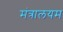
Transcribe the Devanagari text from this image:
मंत्रालयम